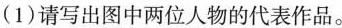
(1)请写出图中两位人物的代表作品。